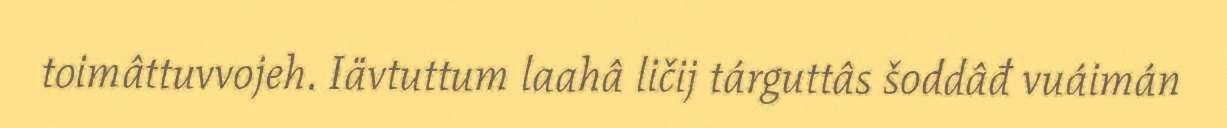
toimâttuvvojeh. Iävtuttum laahâ ličij tárguttâs šoddâđ vuáimán